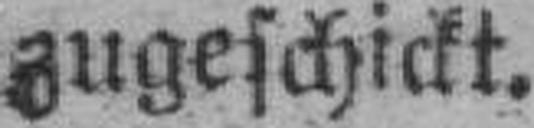
zugeschickt.